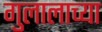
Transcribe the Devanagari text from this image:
गुलालाच्या